Civil Veterinary Department Bihar & Orissa reports 1929-36 - 1929-1936
Year: 1929
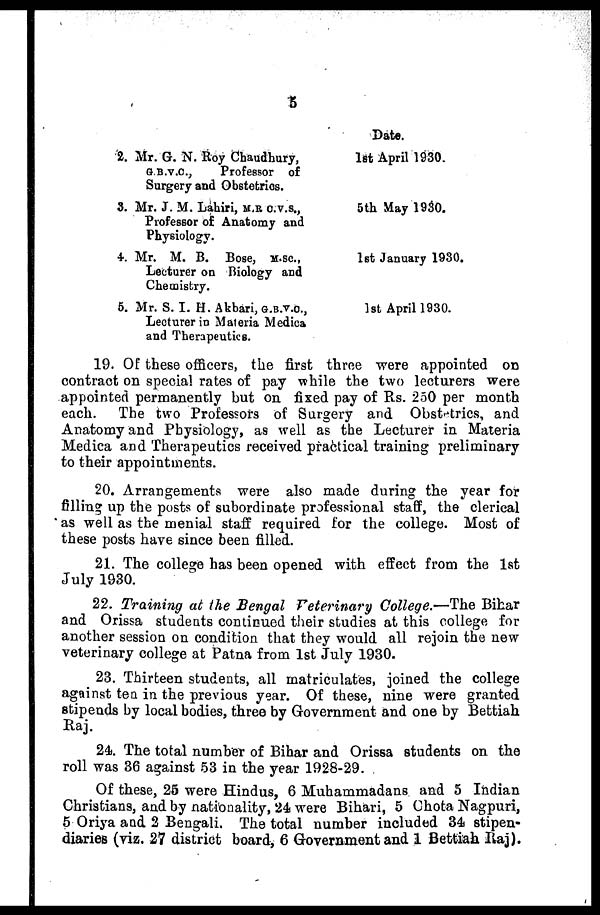
5
2.
3.
4.
5.
Mr. G. N. Roy Chaudhury,
G.B.V.C.,
Professor of
Surgery and Obstetrios.
Mr. J. M. Lahiri, M.R C.V.S.,
Professor of Anatomy and
Physiology.
Mr. M. B. Bose, M.SC.,
Lecturer on Biology and
Chemistry.
Mr. S. I. H. Akbari, G.B.V.C.,
Lecturer in Materia Medica
and Therapeutics.
Date.
1st April 1930.
5th May 1930.
1st January 1930.
1st April 1930.
19. Of these officers, the first three were appointed on
contract on special rates of pay while the two lecturers were
appointed permanently but on fixed pay of Rs. 250 per month
each. The two Professors of Surgery and Obstetrics, and
Anatomy and Physiology, as well as the Lecturer in Materia
Medica and Therapeutics received practical training preliminary
to their appointments.
20. Arrangements were also made during the year for
filling up the posts of subordinate professional staff, the clerical
as well as the menial staff required for the college. Most of
these posts have since been filled.
21. The college has been opened with effect from the 1st
July 1930.
22. Training at the Bengal Veterinary College.—The Bihar
and Orissa students continued their studies at this college for
another session on condition that they would all rejoin the new
veterinary college at Patna from 1st July 1930.
23. Thirteen students, all matriculates, joined the college
against tea in the previous year. Of these, nine were granted
stipends by local bodies, three by Government and one by Bettiah
Raj.
24. The total number of Bihar and Orissa students on the
roll was 36 against 53 in the year 1928-29.
Of these, 25 were Hindus, 6 Muhammadans and 5 Indian
Christians, and by nationality, 24 were Bihari, 5 Chota Nagpuri,
5 Oriya and 2 Bengali. The total number included 34 stipen-
diaries (viz. 27 district board, 6 Government and 1 Bettiah Raj).